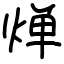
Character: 𬊤